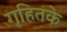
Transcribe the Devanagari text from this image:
गृहितके